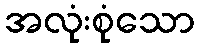
အလုံးစုံသော